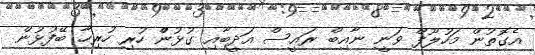
އެގޮތުން މަހުލޫފް ވަނީ ނާއިބް ރައީސް އަދީބާއި ގުޅުންް ހުރި ހުރިހާ ބޭފުޅުން